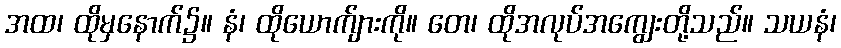
အထ၊ ထိုမှနောက်၌။ နံ၊ ထိုယောက်ျားကို။ တေ၊ ထိုအလုပ်အကျွေးတို့သည်။ သယနံ၊